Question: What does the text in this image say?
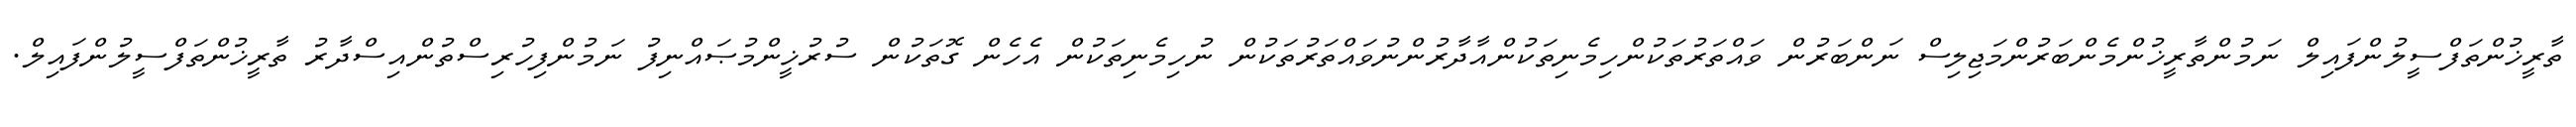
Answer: ތާރީޚުންތަފްސީލުންފައިލް ނަމުންތާރީޚުންމެންބަރުންމަޖިލިސް ނަންބަރުން ވައްތަރުތަކުންހިމެނިތަކުންއާދާރުންނުވައްތަރުތަކުން ނުހިމެނިތަކުން އެހެން ގޮތަކުން ސުރުޚީންމުޞައްނިފު ނަމުންފިހުރިސްތުންއިސްދާރު ތާރީޚުންތަފްސީލުންފައިލް.